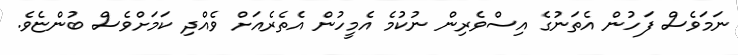
ނަމަވެސް ފަހުން އެތަނުގެ އިސްވެރިން ނުކުމެ އެމީހުން އެތެރެއަށް ވެއްދި ކަމަށްވެސް ބުންޏެވެ.